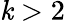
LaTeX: \mathit{k}>2